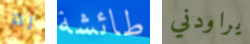
لم طائشة يراودني